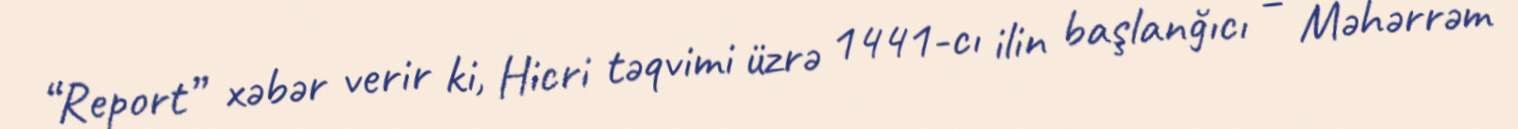
“Report” xəbər verir ki, Hicri təqvimi üzrə 1441-cı ilin başlanğıcı – Məhərrəm